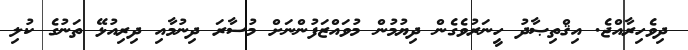
ދިވެހިރާއްޖެ. އިޤްތިޞާދު ހީނަރުވެގެން ދިޔުމުން މުވައްޒަފުންނަށް މުސާރަ ދިނުމާއި ދިރިއުޅޭ ތަނުގެ ކުލި